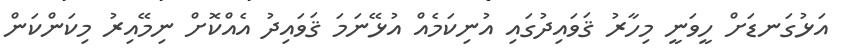
އަޅުގަނޑަށް ހީވަނީ މިހާރު ޤަވައިދުގައި އުނިކަމެއް އުޅޭނަމަ ޤަވައިދު އެއްކޮށް ނިމޭއިރު މިކަންކަން